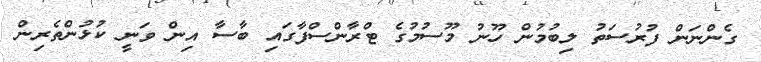
ގެންނަން ފުރުސަތު ލިބުމުން ހޫނު މޫސުމުގެ ޓްރާންސްފާގައި ބާސާ އިން ވަނީ ކުޅުންތެރިން